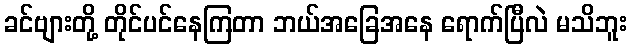
ခင်ဗျားတို့ တိုင်ပင်နေကြတာ ဘယ်အခြေအနေ ရောက်ပြီလဲ မသိဘူး